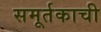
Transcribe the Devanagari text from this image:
समूर्तकाची